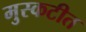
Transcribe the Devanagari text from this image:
मुस्कटीत